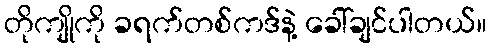
တိုကျိုကို ခရက်တစ်ကဒ်နဲ့ ခေါ်ချင်ပါတယ်။